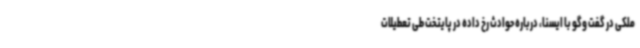
ملکی در گفت وگو با ایسنا، درباره حوادث رخ داده در پایتخت طی تعطیلات